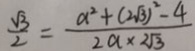
\frac { \sqrt { 3 } } { 2 } = \frac { a ^ { 2 } + ( 2 \sqrt { 3 } ) ^ { 2 } - 4 } { 2 a \times 2 \sqrt { 3 } }